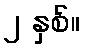
၂ နှစ်။